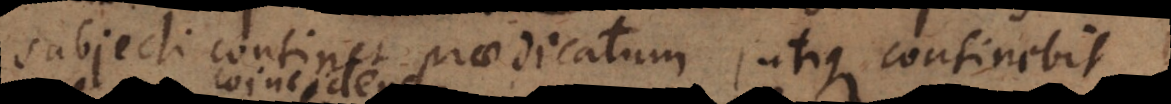
subjecti continet praedicatum, utique continebit